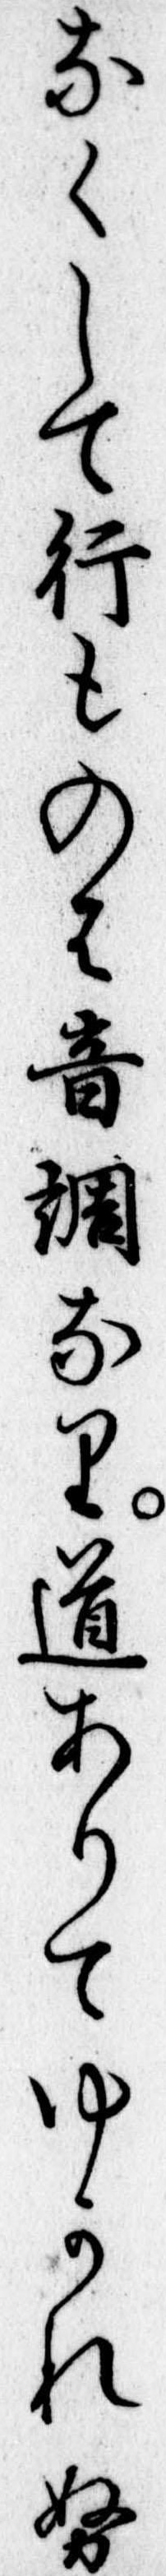
なくして行ものは音調なり道ありてゆかれぬ